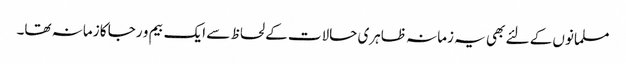
مسلمانوں کے لئے بھی یہ زمانہ ظاہری حالات کے لحاظ سے ایک بیم و رجا کا زمانہ تھا۔